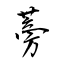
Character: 蒡